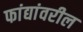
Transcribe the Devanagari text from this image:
फांद्यांवरील